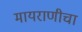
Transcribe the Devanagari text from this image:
मायराणीचा